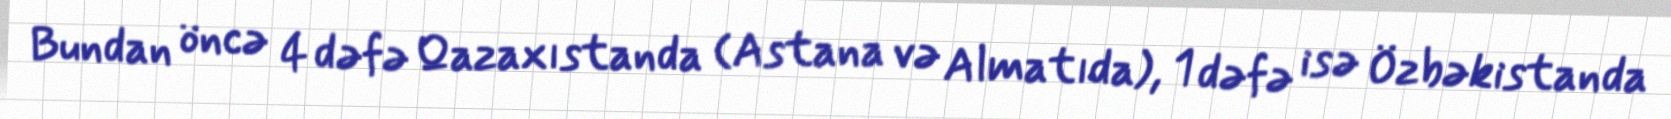
Bundan öncə 4 dəfə Qazaxıstanda (Astana və Almatıda), 1 dəfə isə Özbəkistanda